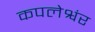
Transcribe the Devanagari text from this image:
कपलेश्वंर